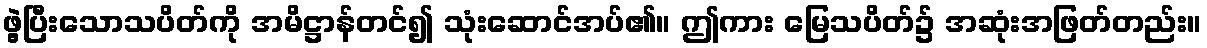
ဖွဲ့ပြီးသောသပိတ်ကို အမိဋ္ဌာန်တင်၍ သုံးဆောင်အပ်၏။ ဤကား မြေသပိတ်၌ အဆုံးအဖြတ်တည်း။